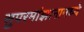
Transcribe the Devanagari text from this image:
सुपरमांझानामध्ये